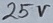
Text: 25V